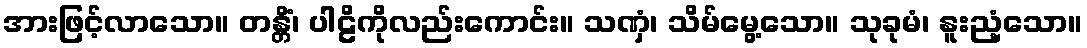
အားဖြင့်လာသော။ တန္တိံ၊ ပါဠိကိုလည်းကောင်း။ သဏှံ၊ သိမ်မွေ့သော။ သုခုမံ၊ နူးညံ့သော။